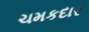
ચમકદાર